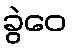
ခွဲဝေ